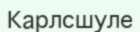
Карлсшуле